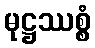
မုဋ္ဌဿစ္စံ